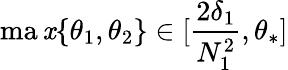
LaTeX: \operatorname*{ma\mathit{x}}\{ \theta_{1},\theta_{2}\} \in[\frac{{2\delta_{1}}}{{N_{1}^{2}}},\theta_{*}]